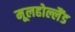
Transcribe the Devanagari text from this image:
मूलहोल्लैंड